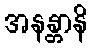
အနန္တာနိ